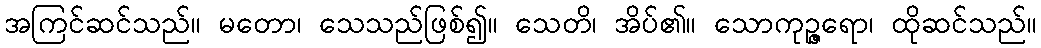
အကြင်ဆင်သည်။ မတော၊ သေသည်ဖြစ်၍။ သေတိ၊ အိပ်၏။ သောကုဉ္ဇရော၊ ထိုဆင်သည်။